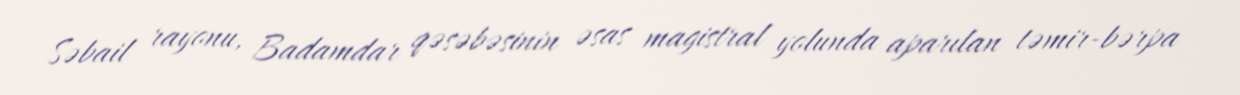
Səbail rayonu, Badamdar qəsəbəsinin əsas magistral yolunda aparılan təmir-bərpa